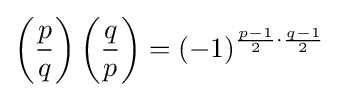
\left({\frac {p}{q}}\right)\left({\frac {q}{p}}\right)=(-1)^{{\frac {p-1}{2}}\cdot {\frac {q-1}{2}}}